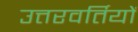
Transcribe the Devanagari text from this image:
उत्तरवर्तियों